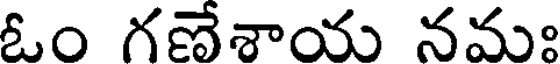
ఓం గణేశాయ నమః